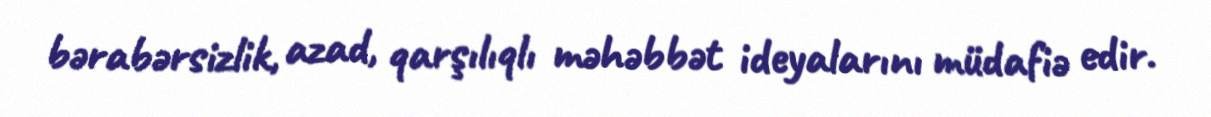
bərabərsizlik, azad, qarşılıqlı məhəbbət ideyalarını müdafiə edir.